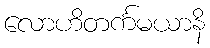
လောဟိတင်္ကမယာနိ